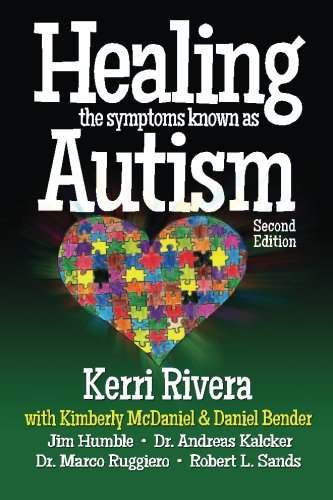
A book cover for Healing the Symptoms Known as Autism - 2nd Edition; Kerri Rivera; Health, Fitness & Dieting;